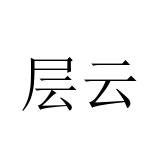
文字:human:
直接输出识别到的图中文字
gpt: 层云